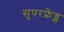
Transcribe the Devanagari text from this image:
सुपरफ्रेंड्स